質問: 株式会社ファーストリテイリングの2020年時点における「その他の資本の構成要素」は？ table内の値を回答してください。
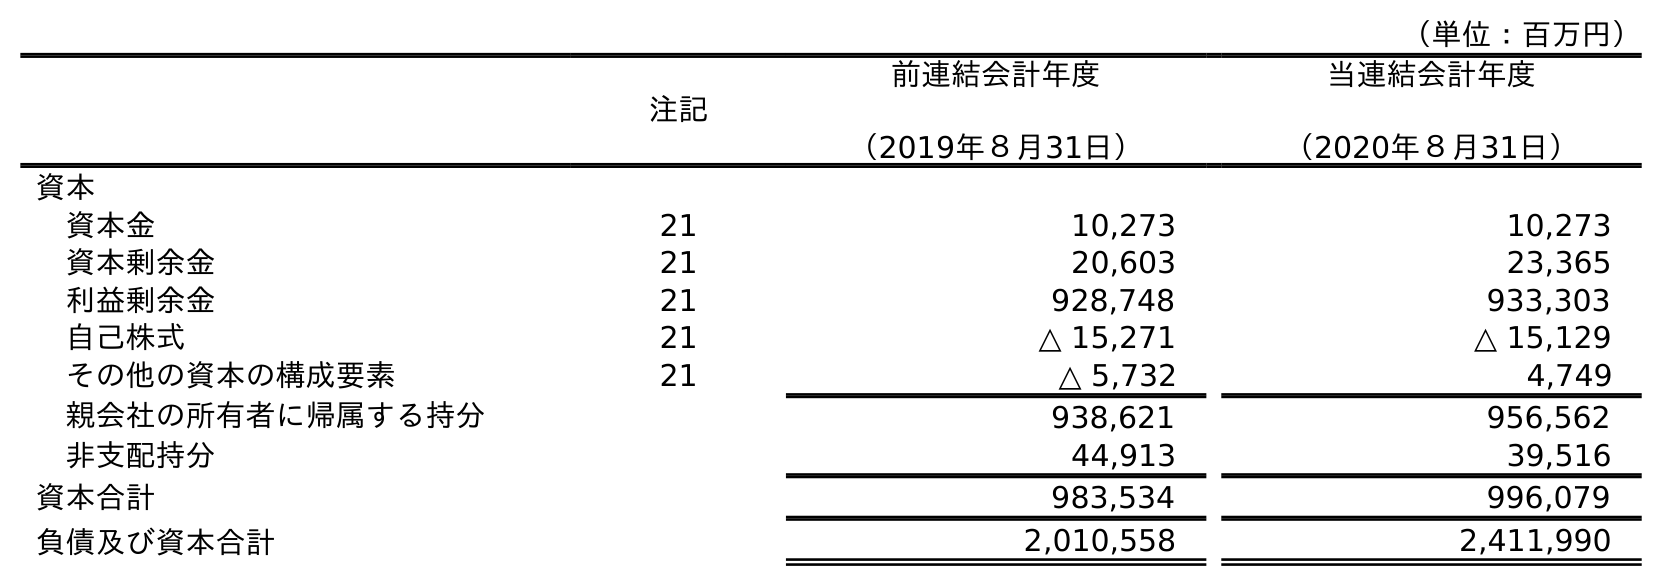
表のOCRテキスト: （単位：百万円） 注記 前連結会計年度 （2019年８月31日） 当連結会計年度 （2020年８月31日） 資本 資本金 21 10,273 10,273 資本剰余金 21 20,603 23,365 利益剰余金 21 928,748 933,303 自己株式 21 △ 15,271 △ 15,129 その他の資本の構成要素 21 △ 5,732 4,749 親会社の所有者に帰属する持分 938,621 956,562 非支配持分 44,913 39,516 資本合計 983,534 996,079 負債及び資本合計 2,010,558 2,411,990
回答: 4,749